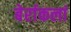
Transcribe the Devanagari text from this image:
बेर्राकलां